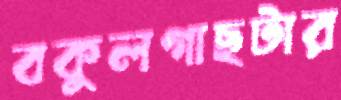
বকুলগাছটার